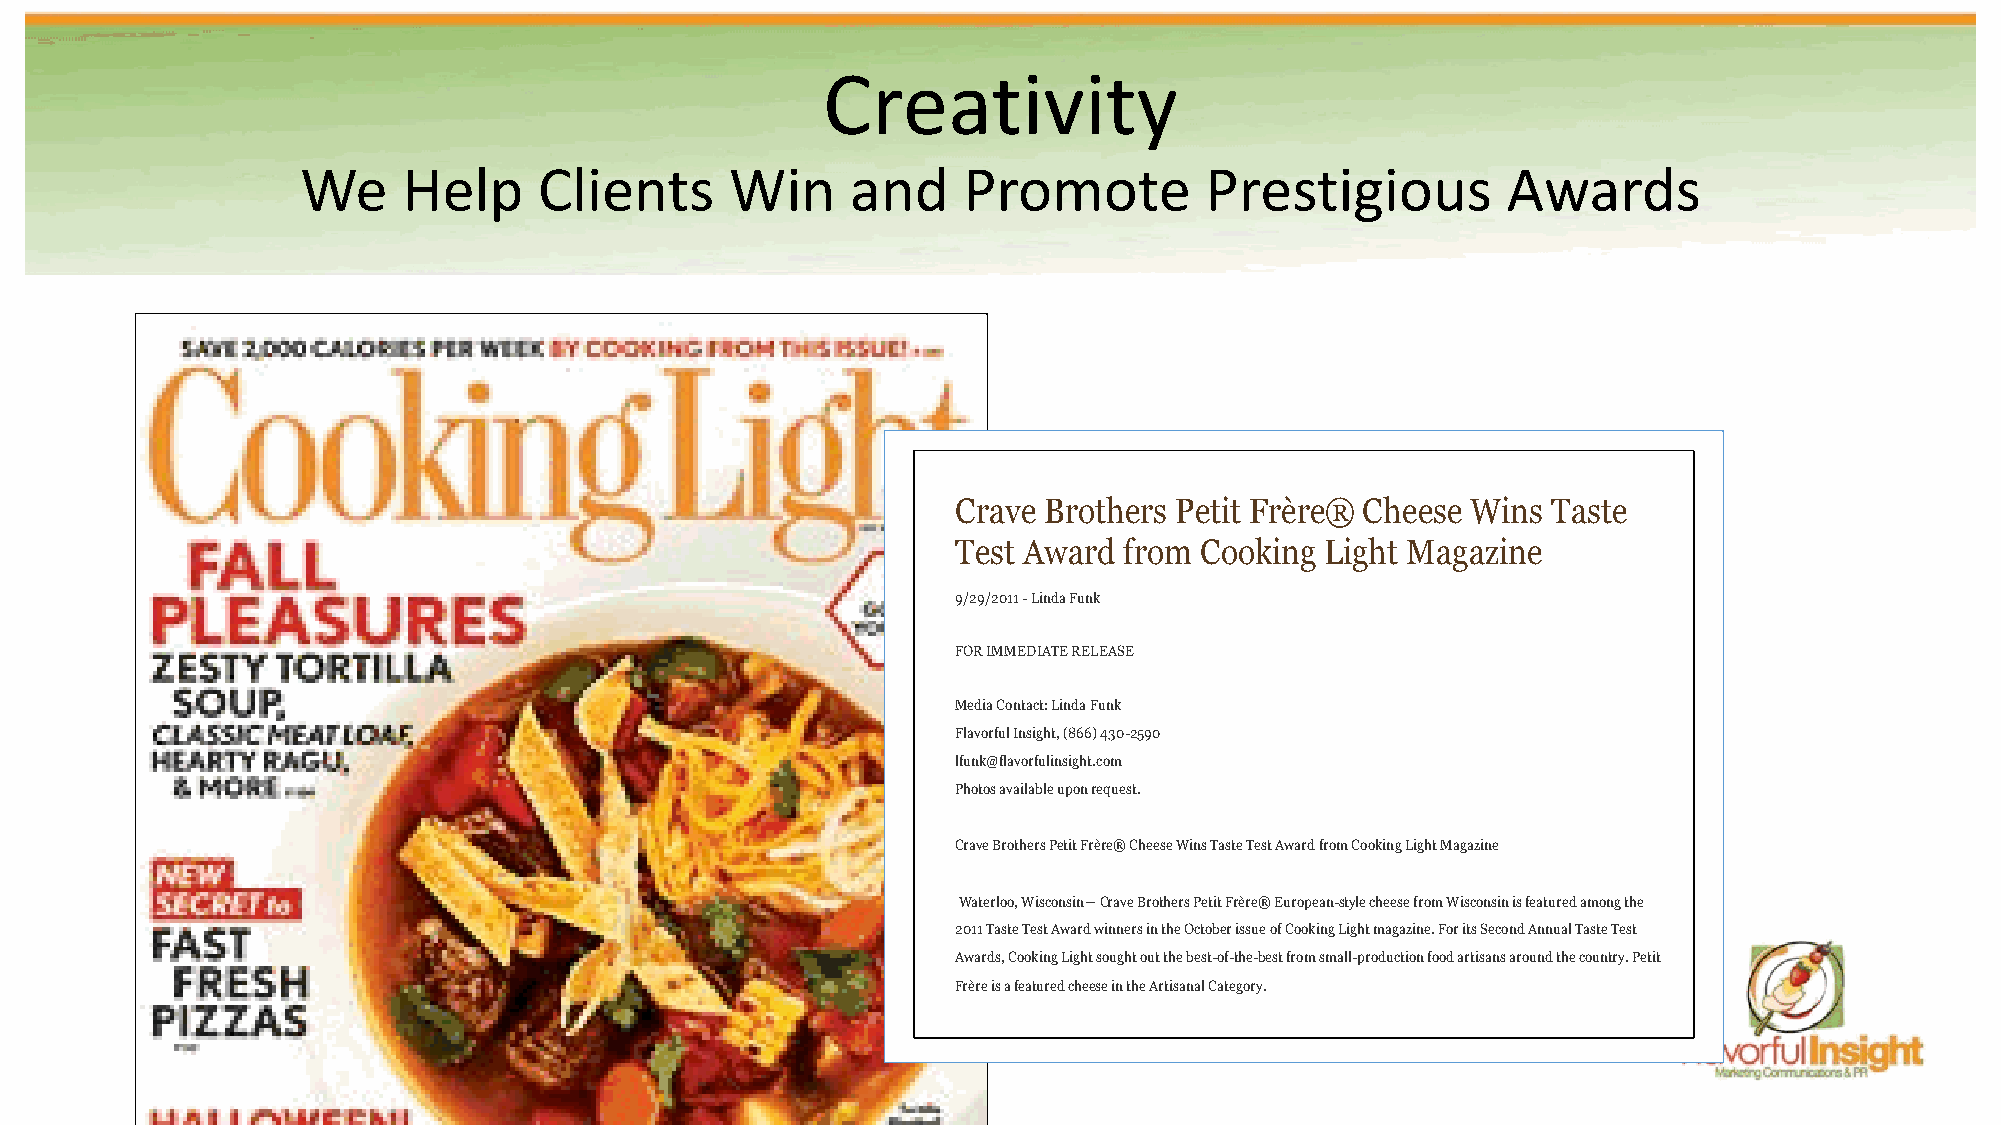
Creativity
 We     Help     Clients     Win     and     Promote         Prestigious         Awards
 Crave Brothers Petit Frère® Cheese Wins Taste
 Test Award from Cooking  Light Magazine
 9/29/2011 - Linda Funk
 FOR IMMEDIATE RELEASE
 Media Contact: Linda Funk
 Flavorful Insight, (866) 430-2590
 lfunk@flavorfulinsight.com
 Photos available upon request.
 Crave Brothers Petit Frère® Cheese Wins Taste Test Award from Cooking Light Magazine
 Waterloo, Wisconsin— Crave Brothers Petit Frère® European-style cheese from Wisconsin is featured among the
 2011 Taste Test Award winners in the October issue of Cooking Light magazine. For its Second Annual Taste Test
 Awards, Cooking Light sought out the best-of-the-best from small-production food artisans around the country. Petit
 Frère is a featured cheese in the Artisanal Category.